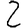
Digit: 2